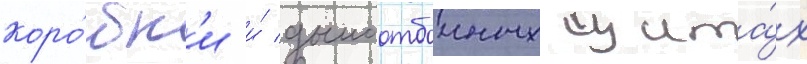
коро́бк'и и́ дымоотбоиных щита́х